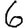
Digit: 6